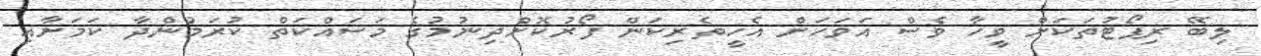
ލިބޭ ރިޕޯޓުތަކަށް ވީހާ ވެސް އަވަހަށް އެހީތެރިކަން ފޯރުކޮށްދިނުމުގެ މަސައްކަތް ކުރަމުންދާ ކަމަށާއި